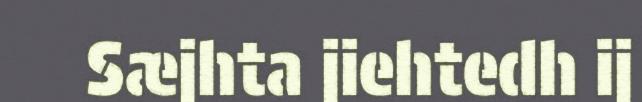
Sæjhta jiehtedh ij